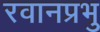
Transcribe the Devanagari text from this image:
रवानप्रभु